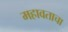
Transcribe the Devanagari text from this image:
महावताचा